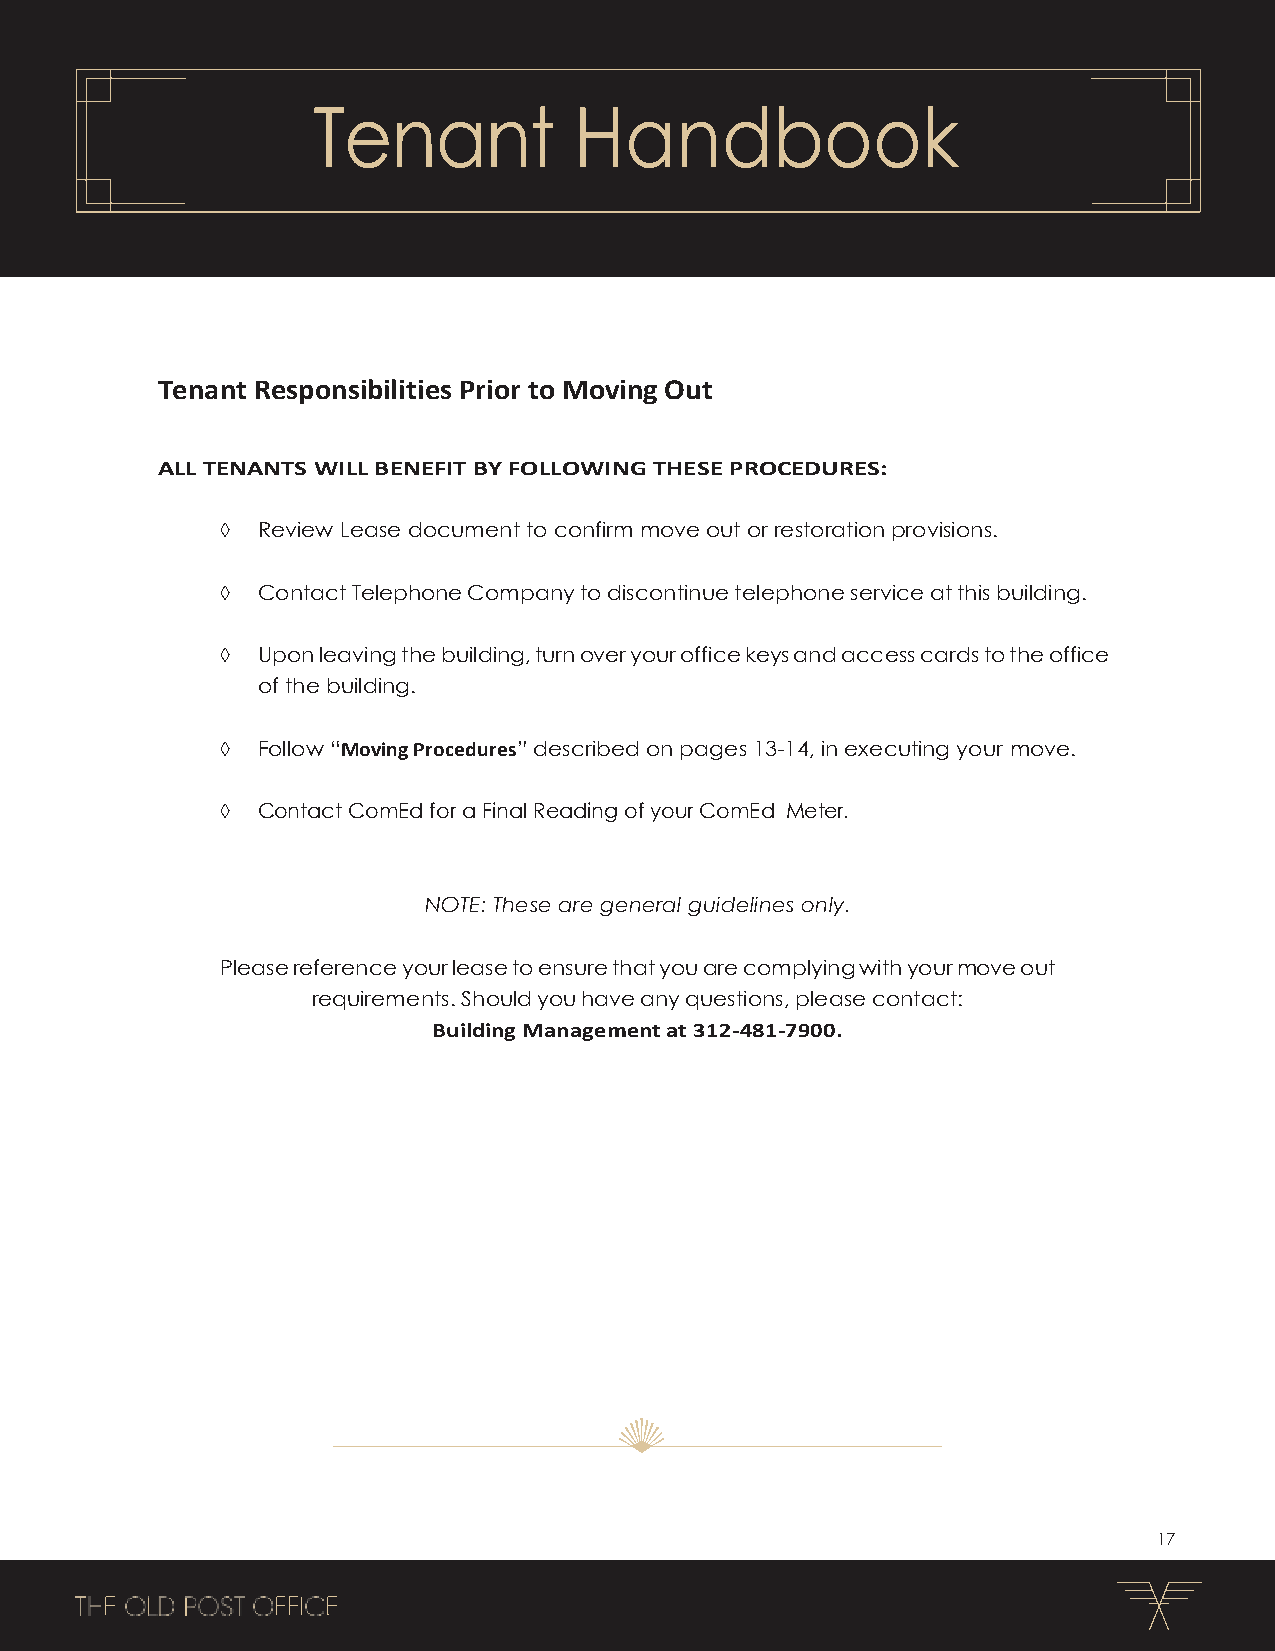
Tenant           Handbook
 Tenant Responsibilities Prior to Moving Out
 ALL TENANTS WILL BENEFIT BY FOLLOWING THESE PROCEDURES:
  Review Lease document to confirm move out or restoration provisions.
  Contact Telephone Company to discontinue telephone service at this building.
  Upon leaving the building, turn over your office keys and access cards to the office
 of the building.
  Follow “Moving Procedures” described on pages 13-14, in executing your move.
  Contact ComEd for a Final Reading of your ComEd Meter.
 NOTE: These are general guidelines only.
 Please reference your lease to ensure that you are complying with your move out
 requirements. Should you have any questions, please contact:
 Building Management at 312-481-7900.
 17